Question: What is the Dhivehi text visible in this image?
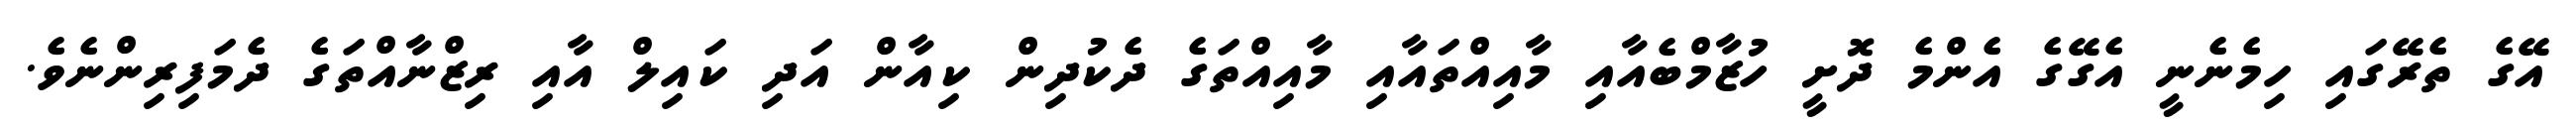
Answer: އޭގެ ތެރޭގައި ހިމެނެނީ އެގޭގެ އެންމެ ދޮށީ ހުޒާމްބެއާއި މާއިއްތައާއި މާއިއްތަގެ ދެކުދިން ކިއާން އަދި ކައިލް އާއި ރިޒްނާއްތަގެ ދެމަފިރިންނެވެ.